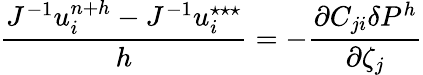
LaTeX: \frac{J^{-1}u_{i}^{n+{h}}-J^{-1}u_{i}^{\star\star\star}}{{h}}=-\frac{\partial C_{ji}\delta P^{{h}}}{\partial\zeta_{j}}